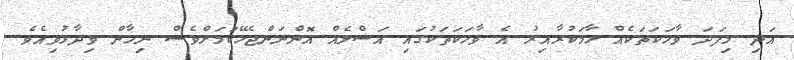
އަދި މިފަދަ ވާހަކަތަކެއް ހާމަކުރާއިރު އެ ވާހަކަތަކުގައި އަސްލެއް އޮންނަންޖެހޭކަމަށްވެސް ނިހާން ވިދާޅުވިއެވެ.